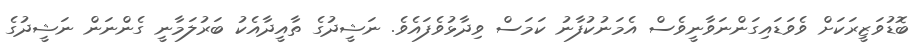
ބޮޑުވަޒީރަކަށް ވެވަޑައިގަންނަވާނީވެސް އެމަނުކުފާނު ކަމަސް ވިދާޅުވެފައެވެ. ނަޝީދުގެ ތާއީދާއެކު ބަރުލަމާނީ ގެންނަން ނަޝީދުގެ